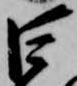
巨